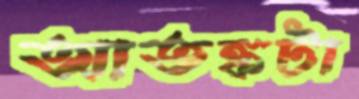
আতঙ্কটা